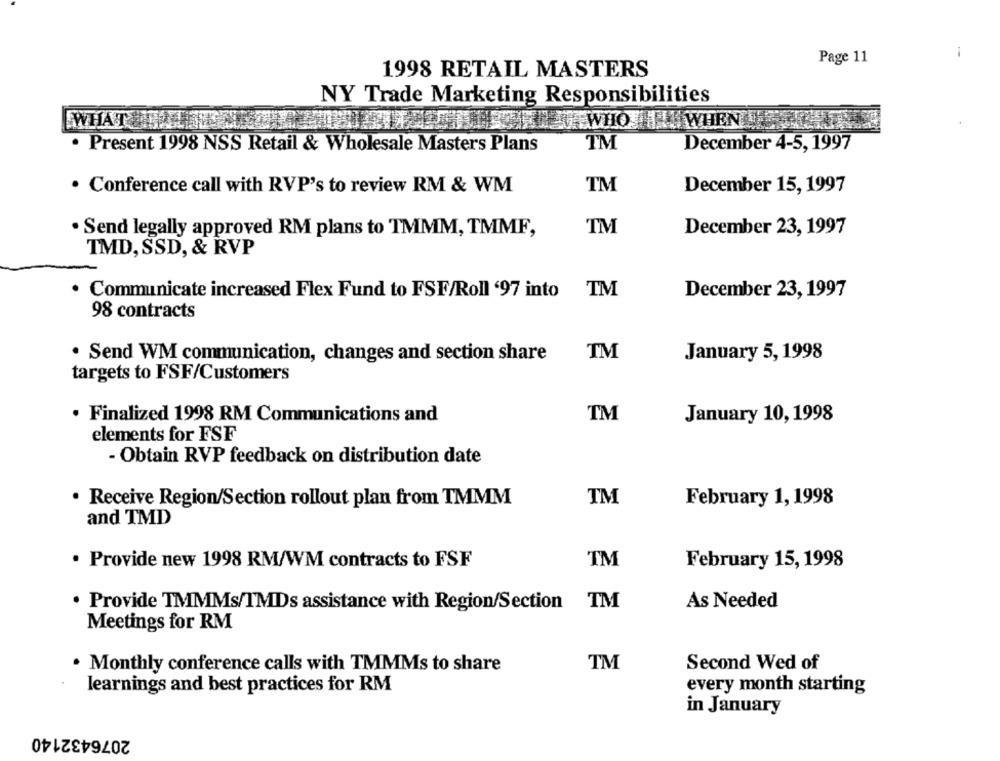
-
Page 11
1998 RETAIL MASTERS
NY Trade Marketing Responsibilities
ANTALLET WHO HINWHEN
· Present 1998 NSS Retail & Wholesale Masters Plans
TM
December 4-5, 1997
. Conference call with RVP's to review RM & WM
TM
December 15, 1997
. Send legally approved RM plans to TMMM, TMMF,
TM
December 23, 1997
IMD, SSD, & RVP
· Communicate increased Flex Fund to FSF/Roll '97 into
TM
December 23, 1997
98 contracts
. Send WM communication, changes and section share
TM
January 5, 1998
targets to FSF/Customers
· Finalized 1998 RM Communications and
TM
January 10, 1998
elements for FSF
- Obtain RVP feedback on distribution date
. Receive Region/Section rollout plan from TMMM
TM
February 1, 1998
and TMD
. Provide new 1998 RM/WM contracts to FSF
TM
February 15, 1998
. Provide TMMMs/TMDs assistance with Region/Section
TM
As Needed
Meetings for RM
. Monthly conference calls with TMMMs to share
TM
Second Wed of
learnings and best practices for RM
every month starting
in January
2076432140